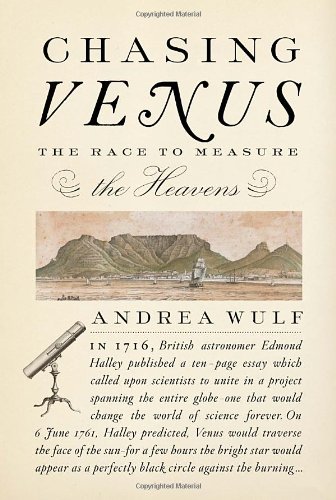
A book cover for Chasing Venus: The Race to Measure the Heavens; Andrea Wulf; History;